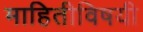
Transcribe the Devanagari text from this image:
माहितीविषयी